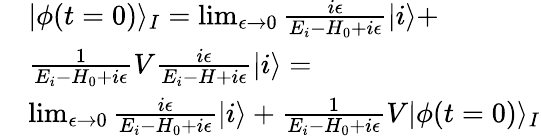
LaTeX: \begin{array}{rl}&{|\phi(t=0)\rangle_{I}=\operatorname*{lim}_{\epsilon\to 0}\frac{i\epsilon}{E_{i}-H_{0}+i\epsilon}|i\rangle+}\\ &{\frac{1}{E_{i}-H_{0}+i\epsilon}V\frac{i\epsilon}{E_{i}-H+i\epsilon}|i\rangle=}\\ &{\operatorname*{lim}_{\epsilon\to 0}\frac{i\epsilon}{E_{i}-H_{0}+i\epsilon}|i\rangle+\frac{1}{E_{i}-H_{0}+i\epsilon}V|\phi(t=0)\rangle_{I}}\end{array}